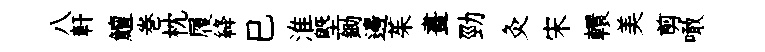
八軒鱣巻枕履絳巳淮塈鋤邊茱畫勁灸宋轘美剪噉